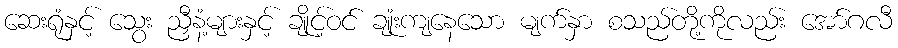
ဆေးရုံနှင့် သွေး ညှီနံ့များနှင့် ချိုင့်ဝင် ချုံးကျနေသော မျက်နှာ စသည်တို့ကိုလည်း အော်ဂလီ